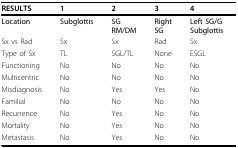
<table><thead><tr><td><b>RESULTS</b></td><td><b>1</b></td><td><b>2</b></td><td><b>3</b></td><td><b>4</b></td></tr></thead><tbody><tr><td><b>Location</b></td><td><b>Subglottis</b></td><td><b>SG</b><b>RM/DM</b></td><td><b>Right</b><b>SG</b></td><td><b>Left SG/G</b><b>Subglottis</b></td></tr><tr><td>Sx vs Rad</td><td>Sx</td><td>Sx</td><td>Rad</td><td>Sx</td></tr><tr><td>Type of Sx</td><td>TL</td><td>SGL/TL</td><td>None</td><td>ESGL</td></tr><tr><td>Functioning</td><td>No</td><td>No</td><td>No</td><td>No</td></tr><tr><td>Multicentric</td><td>No</td><td>No</td><td>No</td><td>No</td></tr><tr><td>Misdiagnosis</td><td>No</td><td>Yes</td><td>Yes</td><td>No</td></tr><tr><td>Familial</td><td>No</td><td>No</td><td>No</td><td>No</td></tr><tr><td>Recurrence</td><td>No</td><td>Yes</td><td>No</td><td>No</td></tr><tr><td>Mortality</td><td>No</td><td>Yes</td><td>No</td><td>No</td></tr><tr><td>Metastasis</td><td>No</td><td>Yes</td><td>No</td><td>No</td></tr></tbody></table>